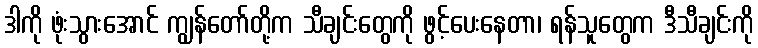
ဒါကို ဖုံးသွားအောင် ကျွန်တော်တို့က သီချင်းတွေကို ဖွင့်ပေးနေတာ၊ ရန်သူတွေက ဒီသီချင်းကို